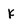
Character: k